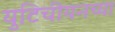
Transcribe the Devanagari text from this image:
युटिचीयनच्या